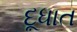
દૂધાત